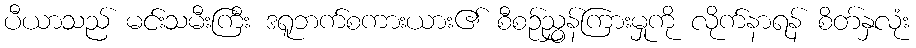
ပီယာသည် မင်းသမီးကြီး ဒရူဘက်စကားယား၏ စီစဉ်ညွှန်ကြားမှုကို လိုက်နာရန် စိတ်နှလုံး